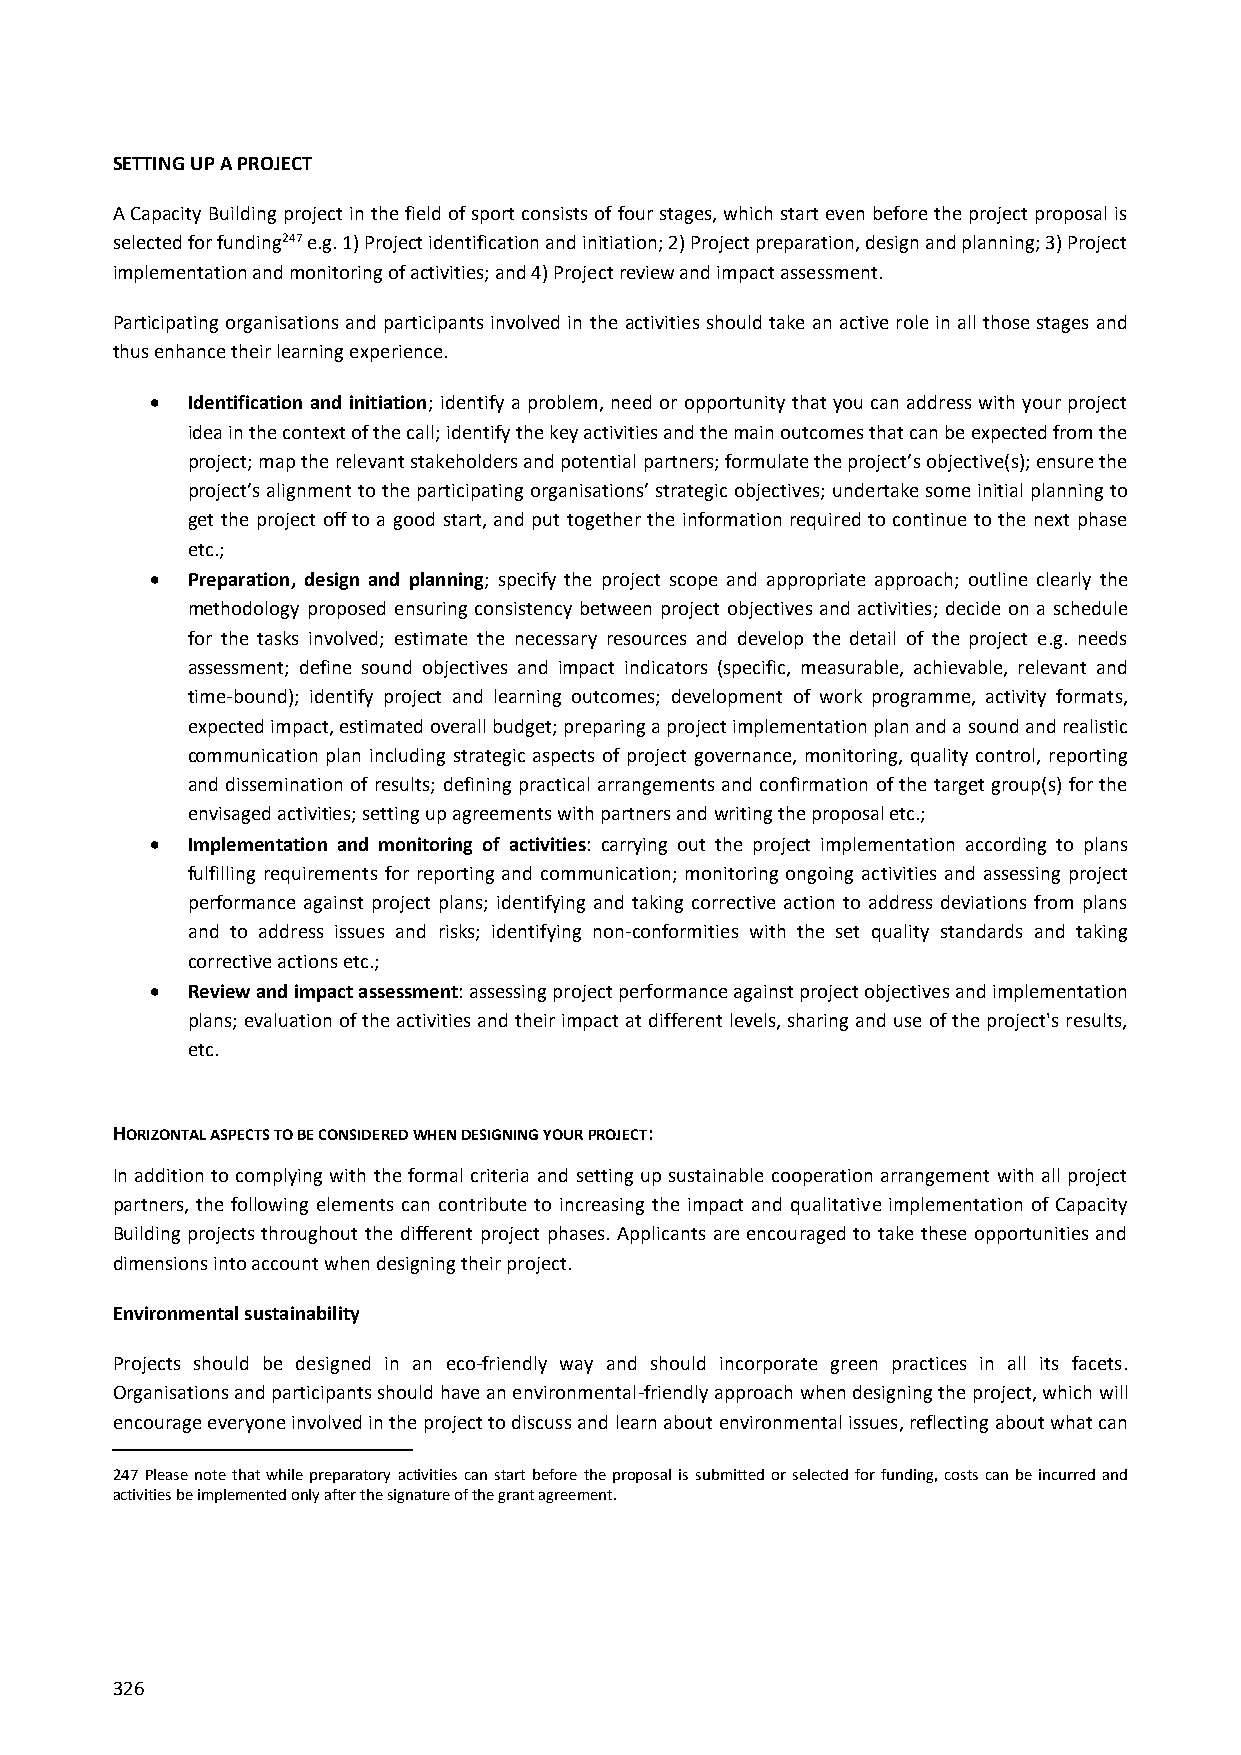
SETTING UP A PROJECT
 A Capacity Building project in the field of sport consists of four stages, which start even before the project proposal is
 selected for funding247 e.g. 1) Project identification and initiation; 2) Project preparation, design and planning; 3) Project
 implementation and monitoring of activities; and 4) Project review and impact assessment.
 Participating organisations and participants involved in the activities should take an active role in all those stages and
 thus enhance their learning experience.
  Identification and initiation; identify a problem, need or opportunity that you can address with your project
 idea in the context of the call; identify the key activities and the main outcomes that can be expected from the
 project; map the relevant stakeholders and potential partners; formulate the project’s objective(s); ensure the
 project’s alignment to the participating organisations’ strategic objectives; undertake some initial planning to
 get the project off to a good start, and put together the information required to continue to the next phase
 etc.;
  Preparation, design and planning; specify the project scope and appropriate approach; outline clearly the
 methodology proposed ensuring consistency between project objectives and activities; decide on a schedule
 for the tasks involved; estimate the necessary resources and develop the detail of the project e.g. needs
 assessment; define sound objectives and impact indicators (specific, measurable, achievable, relevant and
 time-bound); identify project and learning outcomes; development of work programme, activity formats,
 expected impact, estimated overall budget; preparing a project implementation plan and a sound and realistic
 communication plan including strategic aspects of project governance, monitoring, quality control, reporting
 and dissemination of results; defining practical arrangements and confirmation of the target group(s) for the
 envisaged activities; setting up agreements with partners and writing the proposal etc.;
  Implementation and monitoring of activities: carrying out the project implementation according to plans
 fulfilling requirements for reporting and communication; monitoring ongoing activities and assessing project
 performance against project plans; identifying and taking corrective action to address deviations from plans
 and to address issues and risks; identifying non-conformities with the set quality standards and taking
 corrective actions etc.;
  Review and impact assessment: assessing project performance against project objectives and implementation
 plans; evaluation of the activities and their impact at different levels, sharing and use of the project's results,
 etc.
 HORIZONTAL ASPECTS TO BE CONSIDERED WHEN DESIGNING YOUR PROJECT:
 In addition to complying with the formal criteria and setting up sustainable cooperation arrangement with all project
 partners, the following elements can contribute to increasing the impact and qualitative implementation of Capacity
 Building projects throughout the different project phases. Applicants are encouraged to take these opportunities and
 dimensions into account when designing their project.
 Environmental sustainability
 Projects should be designed in an eco-friendly way and should incorporate green practices in all its facets.
 Organisations and participants should have an environmental-friendly approach when designing the project, which will
 encourage everyone involved in the project to discuss and learn about environmental issues, reflecting about what can
 247 Please note that while preparatory activities can start before the proposal is submitted or selected for funding, costs can be incurred and
 activities be implemented only after the signature of the grant agreement.
 326